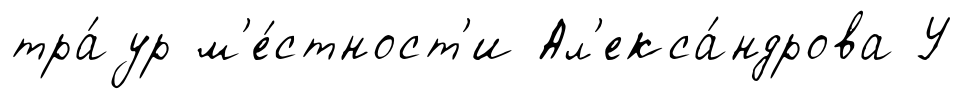
тра́ур м'е́стност'и Ал'екса́ндрова У